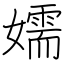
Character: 嬬